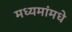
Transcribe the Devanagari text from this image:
मध्यमांमधे